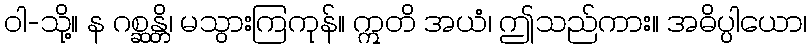
ဝါ-သို့။ န ဂစ္ဆန္တိ၊ မသွားကြကုန်။ ဣတိ အယံ၊ ဤသည်ကား။ အဓိပ္ပါယော၊